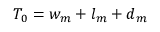
T _ { 0 } = w _ { m } + l _ { m } + d _ { m }